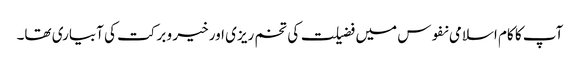
آپ کا کام اسلامی نفوس میں فضیلت کی تخم ریزی اور خیر و برکت کی آبیاری تھا۔